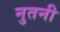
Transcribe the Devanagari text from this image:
नुतनी